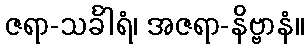
ဇရာ-သင်္ခါရံ၊ အဇရာ-နိဗ္ဗာနံ။